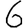
Digit: 6